Calcutta medical institutions reports 1879-81 [i.e.91]
Year: 1879
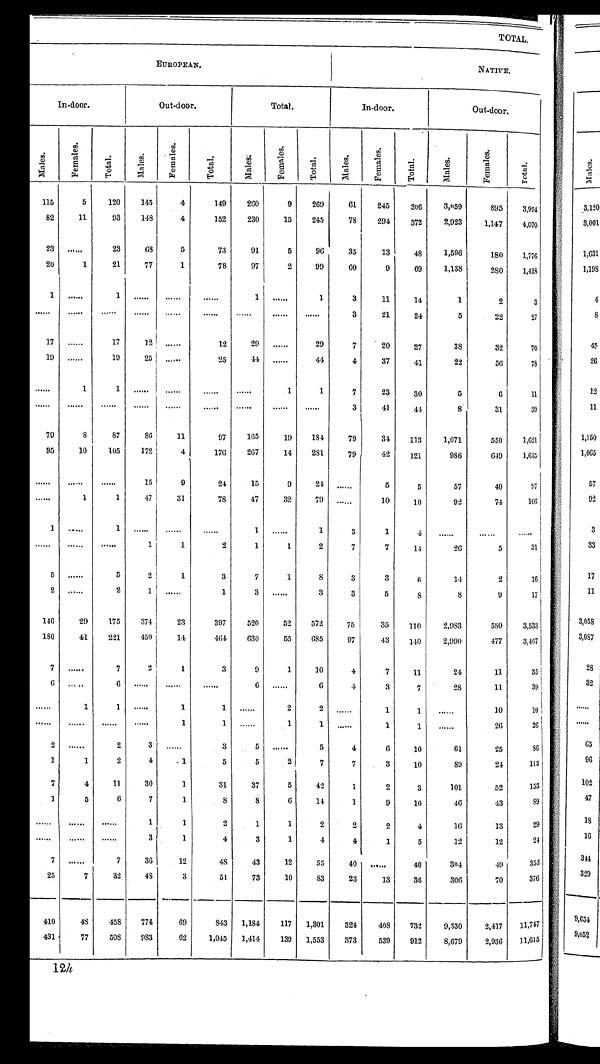
T O T A L .
E U R O P E A N .
N A T I V E .
I n - d o o r .
O u t - d o o r .
T o t a l .
I n - d o o r .
O u t - d o o r .
M a l e s .
F e m a l e s .
T o t a l .
M a l e s .
F e m a l e s .
T o t a l .
M a l e s .
F e m a l e s .
T o t a l .
M a l e s .
F e m a l e s .
T o t a l .
M a l e s .
F e m a l e s .
Tot al .
1 1 5
5
1 2 0
1 4 5
4
1 4 9
2 6 0
9
2 6 9
6 1
2 4 5
3 0 6
3 , 0 5 9
8 9 5
3 , 9 5 4
8 2
1 1
9 3
1 4 8
4
1 5 2
2 3 0
1 5
2 4 5
7 8
2 9 4
3 7 2
2 , 9 2 3
1 , 1 4 7
4 , 0 7 0
2 3
. . . .
2 3
6 8
5
7 3
9 1
5
9 6
3 5
1 3
4 8
1 , 5 9 6
1 8 0
1 , 7 7 6
2 0
1
2 1
7 7
1
7 8
9 7
2
9 9
6 0
9
6 9
1 , 1 3 8
2 8 0
1 4 1 8
1
. . . .
1
. . . .
. . . .
. . . .
1
. . . .
1
3
1 1
1 4
1
2
3
. . . .
. . . .
. . . .
. . . .
. . . .
. . . .
. . . .
. . . .
. . . .
3
2 1
2 4
5
2 2
2 7
1 7
. . . .
1 7
1 2
. . . .
1 2
2 9
. . . .
2 9
7
2 0
2 7
3 8
3 2
7 0
1 9
. . . .
1 9
2 5
. . . .
2 5
4 4
. . . .
4 4
4
3 7
4 1
2 2
5 6
7 8
. . . .
1
1
. . . .
. . . .
. . . .
. . . .
1
1
7
2 3
3 0
5
6
1 1
. . . .
. . . .
. . . .
. . . .
. . . .
. . . .
. . . .
. . . .
. . . .
3
4 1
4 4
8
3 1
3 9
7 9
8
8 7
8 6
1 1
9 7
1 6 5
1 9
1 8 4
7 9
3 4
1 1 3
1 , 0 7 1
5 5 0
1 , 6 2 1
9 5
1 0
1 0 5
1 7 2
4
1 7 6
2 6 7
1 4
2 8 1
7 9
4 2
1 2 1
9 8 6
6 4 9
1 , 6 3 5
. . . .
. . . .
. . . .
1 5
9
2 4
1 5
9
2 4
. . . .
5
5
5 7
4 0
9 7
. . . .
1
1
4 7
3 1
7 8
4 7
3 2
7 9
. . . .
1 0
1 0
9 2
7 4
1 6 6
1
. . . .
1
. . . .
. . . .
. . . .
1
. . . .
1
3
1
4
. . . .
. . . .
. . . .
. . . .
. . . .
. . . .
1
1
2
1
1
2
7
7
1 4
2 6
5
3 1
5
. . . .
5
2
1
3
7
1
8
3
3
6
1 4
2
1 6
2
. . . .
2
1
. . . .
1
3
. . . .
3
3
5
8
8
9
1 7
1 4 6
2 9
1 7 5
3 7 4
2 3
3 9 7
5 2 0
5 2
5 7 2
7 5
3 5
1 1 0
2 , 9 8 3
5 5 0
3 , 5 3 3
1 8 0
4 1
2 2 1
4 5 0
1 4
4 6 4
6 3 0
5 5
6 8 5
9 7
4 3
1 4 0
2 , 9 9 0
4 7 7
3 , 4 6 7
7
. . . .
7 2
1
3
9
1
1 0
4
7
1 1
2 4
1 1
3 5
6
. . . .
6 . . . .
. . . .
. . . .
6
. . .
6
4
3
7
2 8
1 1
3 9
. . . .
1 1
. . . .
1 1
. . . .
2
2
. . . .
1 1
. . . .
1 0
1 0
. . . .
. . . .
. . . .
. . . .
1 1
. . . .
1
1
. . . .
1 1
. . . .
2 6
2 6
2
. . . . 2
3
. . . .
3 5
. . . .
5
4 6
1 0
6 1
2 5 8 6
1 1
2
4
1
5 5
2
7
7 3
1 0
8 9 2 4
1 1 3
7 4
1 1
3 0 1
3 1
3 7 5
4 2 1
2
3
1 0 1
5 2 1 5 3
1 5
6
7
1
8
8
6
1 4 1
9
1 0
4 6 4 3
8 9
. . . .
. . . .
. . . .
1 1
2
1
1
2
2 2
4
1 6
1 3
2 9
. . . .
. . . .
. . . .
3 1
4
3
1
4
4 1
5
1 2
1 2
2 4
7
. . . .
7 3 6
1 2 4 8
4 3
1 2
5 5
4 0
. . . .
4 0
3 0 4
4 9
3 5 3
2 5 7
3 2
4 8
3
5 1
7 3
1 0
8 3
2 3 1 3
3 6
3 0 6
7 0
3 7 6
4 1 0
4 8
4 5 8
7 7 4
6 9
8 4 3
1 , 1 8 4
1 1 7
1 , 3 0 1
3 2 4 4 0 8
7 3 2
9 , 3 3 0
2 , 4 1 7
1 1 , 7 4 7
4 3 1 7 7
5 0 8
9 8 3
6 2
1 , 0 4 5
1 , 4 1 4
1 3 9
1 , 5 5 3
3 7 3
5 3 9
9 1 2
8 , 6 7 9
2 , 9 3 6
1 1 , 6 1 5
1 2
h